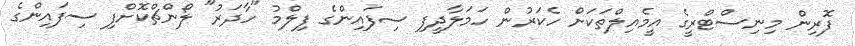
ފޮރިން މިނިސްޓްރީގެ އީމެއިލްތަކަށް ހެކަރުން ހަމަލާދީފި ސިފައިންގެ ފިލްމު "ހާދަރު" ލޯންޗްކޮށްފި ސިފައިންގެ